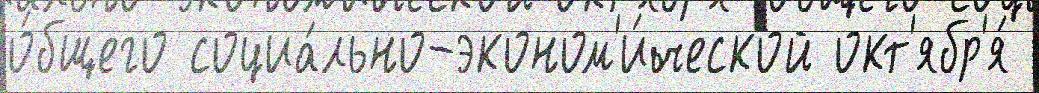
о́бщего социа́льно-эконом'и́ческой окт'ябр'я́